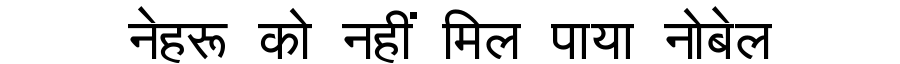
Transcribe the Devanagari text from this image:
नेहरू को नहीं मिल पाया नोबेल